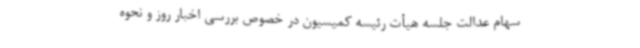
سهام عدالت جلسه هیأت رئیسه کمیسیون در خصوص بررسی اخبار روز و نحوه